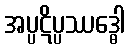
အပ္ပဋိပ္ပဿဒ္ဓေါ